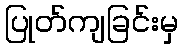
ပြုတ်ကျခြင်းမှ